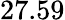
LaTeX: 27.59